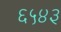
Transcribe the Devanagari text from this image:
६५४३